Annual administration and progress report of the Indian Medical Department, Bombay
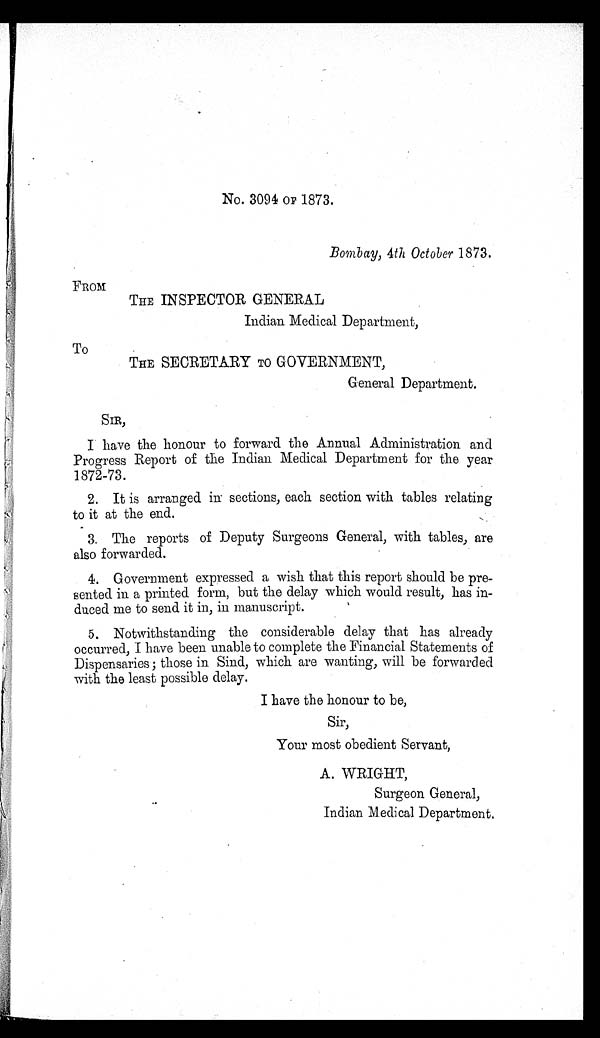
No. 3094 OF 1873.
Bombay, 4th October 1873.
FROM
THE INSPECTOR GENERAL
Indian Medical Department,
To
THE SECRETARY TO GOVERNMENT,
General Department.
SIR,
I
have the honour to forward the Annual Administration and
Progress Report of the Indian Medical Department for the year
1872-73.
2. It is arranged in. sections, each section with tables relating
to it at the end.
3. The reports of Deputy Surgeons General, with tables, are
also forwarded.
4. Government expressed a wish that this report should be pre-
sented in a printed form, but the delay which would result, has in-
duced me to send it in, in manuscript.
5. Notwithstanding the considerable delay that has already
occurred, I have been unable to complete the Financial Statements of
Dispensaries ; those in Sind, which are wanting, will be forwarded
with the least possible delay.
I have the honour to be,
Sir,
Your most obedient Servant,
A. WRIGHT,
Surgeon General,
Indian Medical Department.